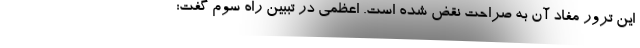
این ترور مفاد آن به صراحت نقض شده است. اعظمی در تببین راه سوم گفت: